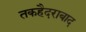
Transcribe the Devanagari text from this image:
तकहैदराबाद